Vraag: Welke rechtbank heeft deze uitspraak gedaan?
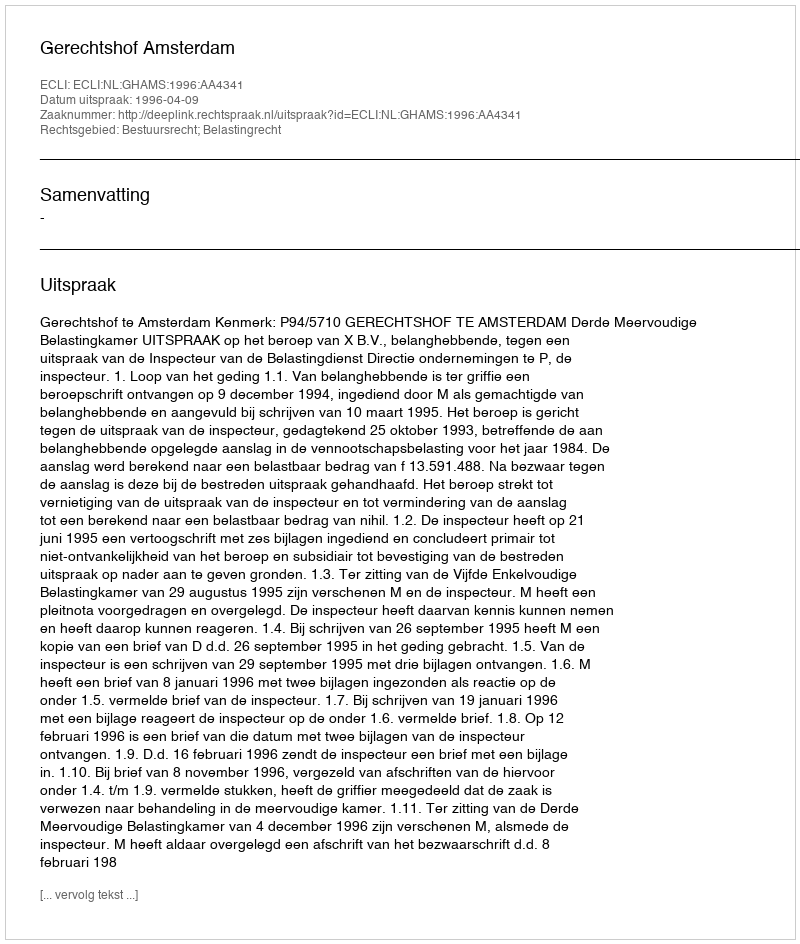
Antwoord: Gerechtshof Amsterdam